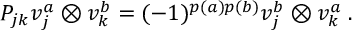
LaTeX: P _ { j k } v _ { j } ^ { a } \otimes v _ { k } ^ { b } = ( - 1 ) ^ { p ( a ) p ( b ) } v _ { j } ^ { b } \otimes v _ { k } ^ { a } \; .